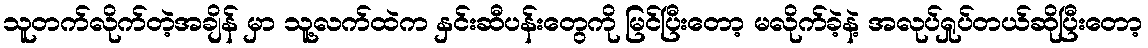
သူတက်လိုက်တဲ့အချိန် မှာ သူ့လက်ထဲက နှင်းဆီပန်းတွေကို မြင်ပြီးတော့ မလိုက်ခဲ့နဲ့ အလုပ်ရှုပ်တယ်ဆိုပြီးတော့